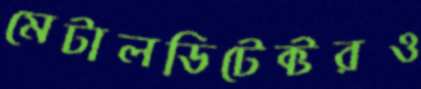
মেটালডিটেক্টরও